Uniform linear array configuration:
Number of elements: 32
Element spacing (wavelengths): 0.25
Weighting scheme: binomial
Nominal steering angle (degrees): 45
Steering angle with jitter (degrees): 46.931
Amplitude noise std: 0.05
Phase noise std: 0.05

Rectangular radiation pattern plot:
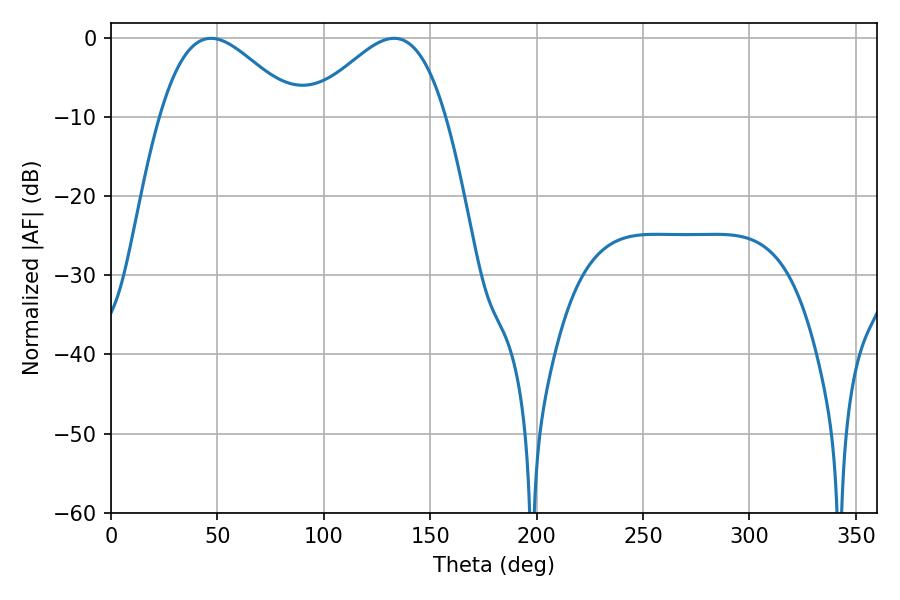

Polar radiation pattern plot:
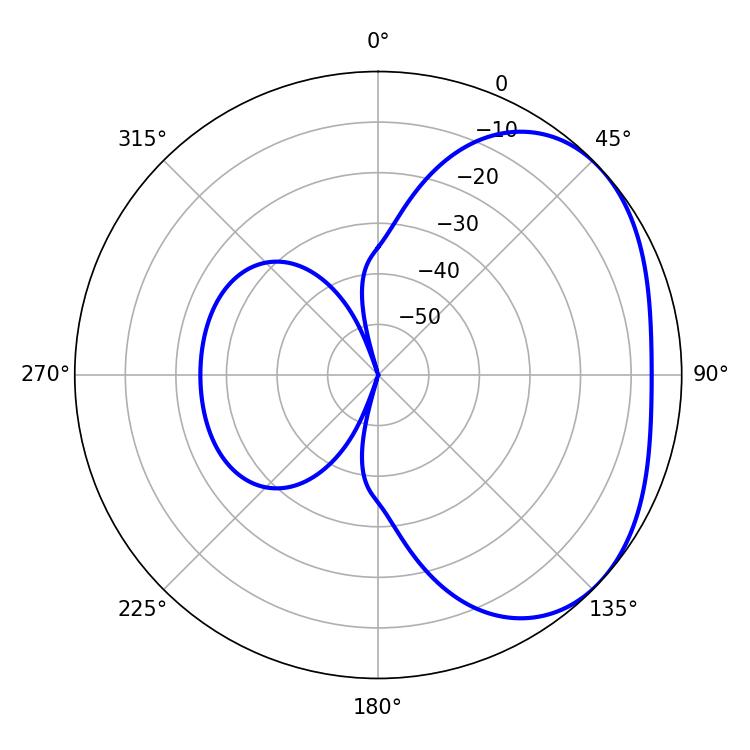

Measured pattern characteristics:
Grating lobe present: FALSE
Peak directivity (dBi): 2.911
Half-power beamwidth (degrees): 34.2
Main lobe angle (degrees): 46.98